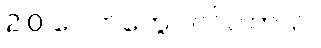
2.0 ပေါက်တွေပါ၀င်ပါတယ်။